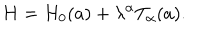
LaTeX: H = H _ { 0 } ( a ) + \lambda ^ { \alpha } T _ { \alpha } ( a ) .